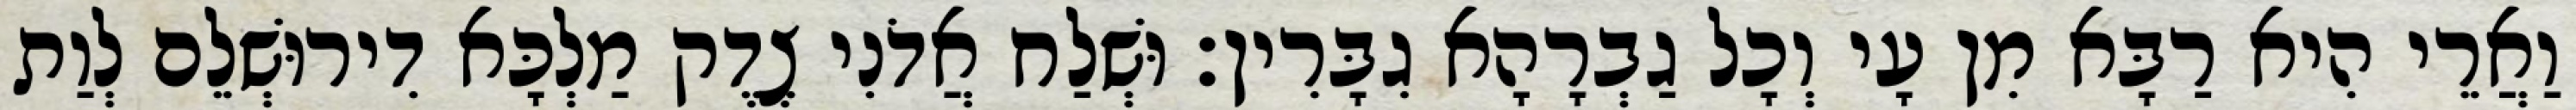
וַאֲרֵי הִיא רַבָּא מִן עָי וְכָל גַבְרָהָא גִבָּרִין׃ וּשְׁלַח אֲדֹנִי צֶדֶק מַלְכָּא דִירוּשְׁלֵם לְוַת